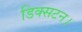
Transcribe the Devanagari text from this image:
डिक्सटन।